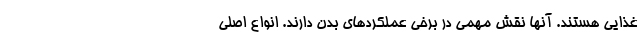
غذایی هستند. آنها نقش مهمی در برخی عملکردهای بدن دارند. انواع اصلی